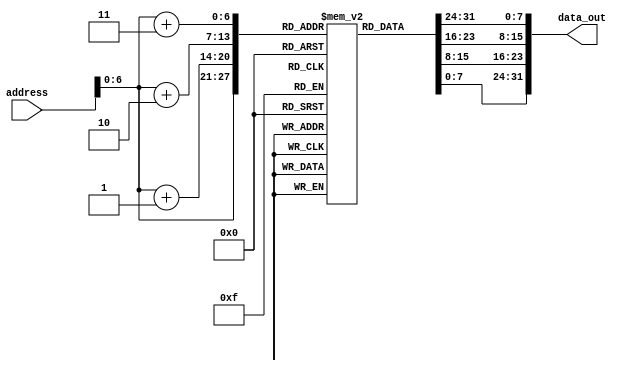
module ICache(address,data_out);
	parameter WIDTH = 32;
	parameter SIZE = 108;
	parameter WIDTH_ADD = 32;
	parameter BYTE = 8;
	
	input [WIDTH_ADD-1:0] address;
	
	output [WIDTH-1:0] data_out;
	
	reg [BYTE-1:0] mem [SIZE-1:0];
	
	assign	data_out = {{mem[address+3]},{mem[address+2]},{mem[address+1]},{mem[address]}};
	
	initial 
	begin
/*		mem[3][BYTE-1:0] = 8'b11100000;
		mem[2][BYTE-1:0] = 8'b00100010;
		mem[1][BYTE-1:0] = 8'b00000000;
		mem[0][BYTE-1:0] = 8'b00001111;
		mem[7][BYTE-1:0] = 8'b11111111;
		mem[6][BYTE-1:0] = 8'b11111111;
		mem[5][BYTE-1:0] = 8'b11111111;
		mem[4][BYTE-1:0] = 8'b11111111;*/

		mem[3][BYTE-1:0] = 8'b11100000;
		mem[2][BYTE-1:0] = 8'b00100001;
		mem[1][BYTE-1:0] = 8'b00000000;
		mem[0][BYTE-1:0] = 8'b00000100;
		mem[7][BYTE-1:0] = 8'b11100000;
		mem[6][BYTE-1:0] = 8'b01000010;
		mem[5][BYTE-1:0] = 8'b00000000;
		mem[4][BYTE-1:0] = 8'b00000101;
		mem[11][BYTE-1:0] = 8'b00000000;
		mem[10][BYTE-1:0] = 8'b00100010;
		mem[9][BYTE-1:0] = 8'b10101000;
		mem[8][BYTE-1:0] = 8'b00000000;
		mem[15][BYTE-1:0] = 8'b00000000;
		mem[14][BYTE-1:0] = 8'b00100010;
		mem[13][BYTE-1:0] = 8'b10110000;
		mem[12][BYTE-1:0] = 8'b00000001;
		mem[19][BYTE-1:0] = 8'b11101000;
		mem[18][BYTE-1:0] = 8'b00010101;
		mem[17][BYTE-1:0] = 8'b00000000;
		mem[16][BYTE-1:0] = 8'b00000000;
		mem[23][BYTE-1:0] = 8'b11101000;
		mem[22][BYTE-1:0] = 8'b00110110;
		mem[21][BYTE-1:0] = 8'b00000000;
		mem[20][BYTE-1:0] = 8'b00000000;
		mem[27][BYTE-1:0] = 8'b11100100;
		mem[26][BYTE-1:0] = 8'b00010111;
		mem[25][BYTE-1:0] = 8'b00000000;
		mem[24][BYTE-1:0] = 8'b00000000;
		mem[31][BYTE-1:0] = 8'b00000010;
		mem[30][BYTE-1:0] = 8'b11100000;
		mem[29][BYTE-1:0] = 8'b10111000;
		mem[28][BYTE-1:0] = 8'b10001100;
		mem[35][BYTE-1:0] = 8'b11101000;
		mem[34][BYTE-1:0] = 8'b00110111;
		mem[33][BYTE-1:0] = 8'b00000000;
		mem[32][BYTE-1:0] = 8'b00000100;
		mem[39][BYTE-1:0] = 8'b00000010;
		mem[38][BYTE-1:0] = 8'b11100000;
		mem[37][BYTE-1:0] = 8'b10111001;
		mem[36][BYTE-1:0] = 8'b00001101;
		mem[43][BYTE-1:0] = 8'b11101000;
		mem[42][BYTE-1:0] = 8'b00110111;
		mem[41][BYTE-1:0] = 8'b00000000;
		mem[40][BYTE-1:0] = 8'b00001000;
		mem[47][BYTE-1:0] = 8'b11100000;
		mem[46][BYTE-1:0] = 8'b01100011;
		mem[45][BYTE-1:0] = 8'b00000000;
		mem[44][BYTE-1:0] = 8'b00100010;
		mem[51][BYTE-1:0] = 8'b11100000;
		mem[50][BYTE-1:0] = 8'b10000100;
		mem[49][BYTE-1:0] = 8'b00000000;
		mem[48][BYTE-1:0] = 8'b00101101;
		mem[55][BYTE-1:0] = 8'b11001100;
		mem[54][BYTE-1:0] = 8'b10000011;
		mem[53][BYTE-1:0] = 8'b00000000;
		mem[52][BYTE-1:0] = 8'b00000010;
		mem[59][BYTE-1:0] = 8'b11101000;
		mem[58][BYTE-1:0] = 8'b00100011;
		mem[57][BYTE-1:0] = 8'b00000000;
		mem[56][BYTE-1:0] = 8'b00001100;
		mem[63][BYTE-1:0] = 8'b10000000;
		mem[62][BYTE-1:0] = 8'b00000000;
		mem[61][BYTE-1:0] = 8'b00000000;
		mem[60][BYTE-1:0] = 8'b00010001;
		mem[67][BYTE-1:0] = 8'b11101000;
		mem[66][BYTE-1:0] = 8'b00100100;
		mem[65][BYTE-1:0] = 8'b00000000;
		mem[64][BYTE-1:0] = 8'b00001100;
		mem[71][BYTE-1:0] = 8'b11010000;
		mem[70][BYTE-1:0] = 8'b01100100;
		mem[69][BYTE-1:0] = 8'b00000000;
		mem[68][BYTE-1:0] = 8'b00000010;
		mem[75][BYTE-1:0] = 8'b11101000;
		mem[74][BYTE-1:0] = 8'b00100011;
		mem[73][BYTE-1:0] = 8'b00000000;
		mem[72][BYTE-1:0] = 8'b00010000;
		mem[79][BYTE-1:0] = 8'b10000000;
		mem[78][BYTE-1:0] = 8'b00000000;
		mem[77][BYTE-1:0] = 8'b00000000;
		mem[76][BYTE-1:0] = 8'b00010101;
		mem[83][BYTE-1:0] = 8'b11101000;
		mem[82][BYTE-1:0] = 8'b00100100;
		mem[81][BYTE-1:0] = 8'b00000000;
		mem[80][BYTE-1:0] = 8'b00010000;
		mem[87][BYTE-1:0] = 8'b10000100;
		mem[86][BYTE-1:0] = 8'b00000000;
		mem[85][BYTE-1:0] = 8'b00000000;
		mem[84][BYTE-1:0] = 8'b00011000;
		mem[91][BYTE-1:0] = 8'b11100000;
		mem[90][BYTE-1:0] = 8'b01100011;
		mem[89][BYTE-1:0] = 8'b00000000;
		mem[88][BYTE-1:0] = 8'b00001011;
		mem[95][BYTE-1:0] = 8'b11101000;
		mem[94][BYTE-1:0] = 8'b00100011;
		mem[93][BYTE-1:0] = 8'b00000000;
		mem[92][BYTE-1:0] = 8'b00010100;
		mem[99][BYTE-1:0] = 8'b11001100;
		mem[98][BYTE-1:0] = 8'b10000011;
		mem[97][BYTE-1:0] = 8'b00000000;
		mem[96][BYTE-1:0] = 8'b00000001;
		mem[103][BYTE-1:0] = 8'b000000_00;
		mem[102][BYTE-1:0] = 8'b000_00000;
		mem[101][BYTE-1:0] = 8'b00000000;
		mem[100][BYTE-1:0] = 8'b0000_1_000;
		mem[107][BYTE-1:0] = 8'b11111111;
		mem[106][BYTE-1:0] = 8'b11111111;
		mem[105][BYTE-1:0] = 8'b11111111;
		mem[104][BYTE-1:0] = 8'b11111111;		
	end
endmodule